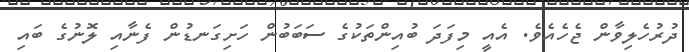
ދުރުހެލިވާން ޖެހެއެވެ. އެއީ މިފަދަ ބުއިންތަކުގެ ސަބަބުން ހަށިގަނޑުން ފެނާއި ލޮނުގެ ބައި